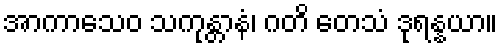
အာကာသေဝ သကုန္တာနံ၊ ဂတိ တေသံ ဒုရန္နယာ။